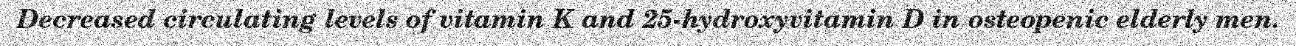
Decreased circulating levels of vitamin K and 25-hydroxyvitamin D in osteopenic elderly men.